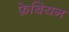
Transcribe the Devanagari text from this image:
फे़बियन